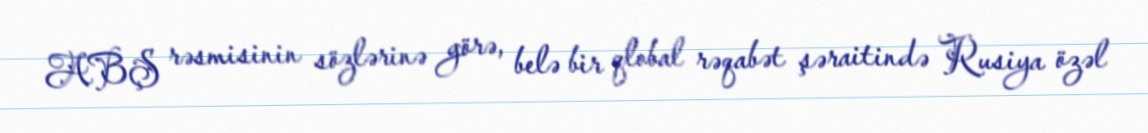
ABŞ rəsmisinin sözlərinə görə, belə bir qlobal rəqabət şəraitində Rusiya özəl